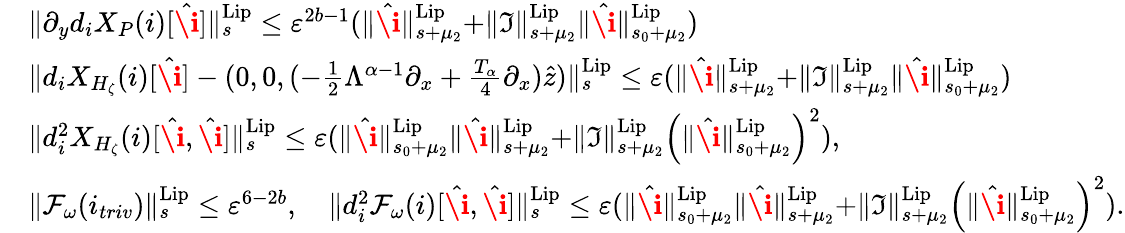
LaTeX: \begin{array}{rl}&{\rVert\partial_{y}d_{i}X_{P}(i)[\hat{\textbf{\i}}]\rVert_{s}^{\mathrm{Lip}}\le\varepsilon^{2b-1}(\rVert\hat{\textbf{\i}}\rVert_{s+\mu_{2}}^{\mathrm{Lip}}+\rVert\mathfrak{I}\rVert_{s+\mu_{2}}^{\mathrm{Lip}}\rVert\hat{\textbf{\i}}\rVert_{s_{0}+\mu_{2}}^{\mathrm{Lip}})}\\ &{\rVert d_{i}X_{H_{\zeta}}(i)[\hat{\textbf{\i}}]-(0,0,(-\frac{1}{2}\Lambda^{\alpha-1}\partial_{x}+\frac{T_{\alpha}}{4}\partial_{x})\hat{z})\rVert_{s}^{\mathrm{Lip}}\le\varepsilon(\rVert\hat{\textbf{\i}}\rVert_{s+\mu_{2}}^{\mathrm{Lip}}+\rVert\mathfrak{I}\rVert_{s+\mu_{2}}^{\mathrm{Lip}}\rVert\hat{\textbf{\i}}\rVert_{s_{0}+\mu_{2}}^{\mathrm{Lip}})}\\ &{\rVert d_{i}^{2}X_{H_{\zeta}}(i)[\hat{\textbf{\i}},\hat{\textbf{\i}}]\rVert_{s}^{\mathrm{Lip}}\le\varepsilon(\rVert\hat{\textbf{\i}}\rVert_{s_{0}+\mu_{2}}^{\mathrm{Lip}}\rVert\hat{\textbf{\i}}\rVert_{s+\mu_{2}}^{\mathrm{Lip}}+\rVert\mathfrak{I}\rVert_{s+\mu_{2}}^{\mathrm{Lip}}\left(\rVert\hat{\textbf{\i}}\rVert_{s_{0}+\mu_{2}}^{\mathrm{Lip}}\right)^{2}),}\\ &{\rVert\mathcal{F}_{\omega}(i_{triv})\rVert_{s}^{\mathrm{Lip}}\le\varepsilon^{6-2b},\quad\rVert d_{i}^{2}\mathcal{F}_{\omega}(i)[\hat{\textbf{\i}},\hat{\textbf{\i}}]\rVert_{s}^{\mathrm{Lip}}\le\varepsilon(\rVert\hat{\textbf{\i}}\rVert_{s_{0}+\mu_{2}}^{\mathrm{Lip}}\rVert\hat{\textbf{\i}}\rVert_{s+\mu_{2}}^{\mathrm{Lip}}+\rVert\mathfrak{I}\rVert_{s+\mu_{2}}^{\mathrm{Lip}}\left(\rVert\hat{\textbf{\i}}\rVert_{s_{0}+\mu_{2}}^{\mathrm{Lip}}\right)^{2}).}\end{array}